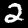
Label: 2